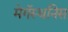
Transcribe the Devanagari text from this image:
मेगॅस्थनिस